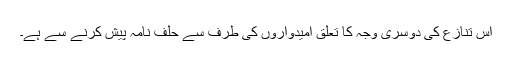
اس تنازع کی دوسری وجہ کا تعلق امیدواروں کی طرف سے حلف نامہ پیش کرنے سے ہے۔